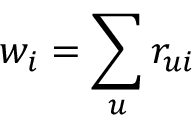
w _ { i } = \sum _ { u } r _ { u i }